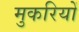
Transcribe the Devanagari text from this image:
मुकरियों